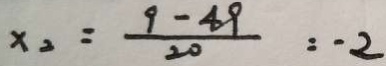
x _ { 2 } = \frac { 9 - 4 9 } { 2 0 } = - 2